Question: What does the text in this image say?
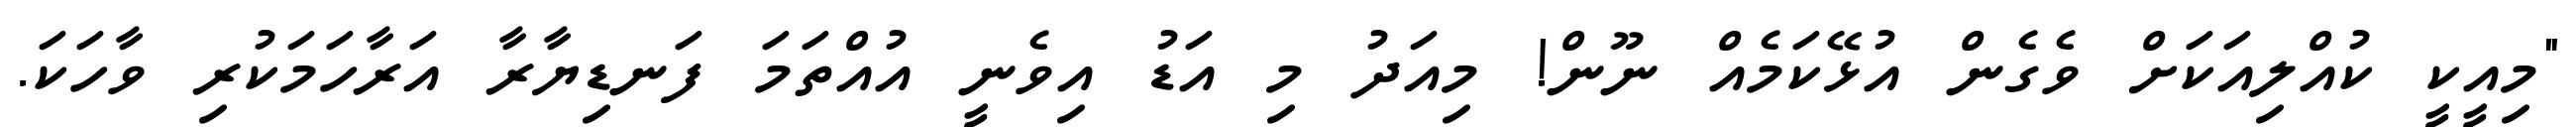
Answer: "މިއީކީ ކުއްލިއަކަށް ވެގެން އުޅޭކަމެއް ނޫން! މިއަދު މި އަޑު އިވެނީ އުއްތަމަ ފަނޑިޔާރާ އަރާހަމަކުރި ވާހަކަ.